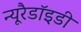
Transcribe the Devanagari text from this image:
न्यूरैडॉइडी